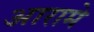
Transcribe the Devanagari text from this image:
आरामे